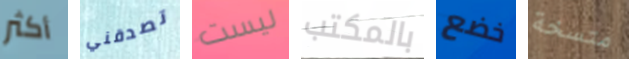
أكثر تصدقني ليست بالمكتب خضع متسخة